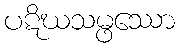
ပဋိဃသမ္ဖဿော